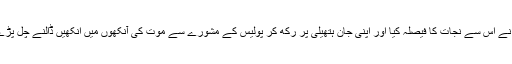
ایک دہشتگرد پوری قوم کے حواس پر سوار تھا کہ زمرد خان نے اس سے نجات کا فیصلہ کیا اور اپنی جان ہتھیلی پر رکھ کر پولیس کے مشورے سے موت کی آنکھوں میں انکھیں ڈالنے چل پڑے پھر جو کچھ ہوا قوم نے ٹی وی چینلز پر براہِ راست دیکھ لیا۔